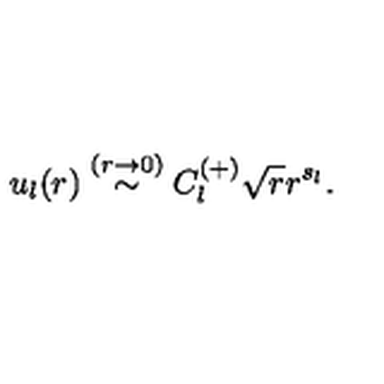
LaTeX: u _ { l } ( r ) \stackrel { ( r \rightarrow 0 ) } { \sim } C _ { l } ^ { ( + ) } \sqrt { r } r ^ { s _ { l } } .